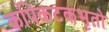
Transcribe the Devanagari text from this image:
कपिकटकभृतो